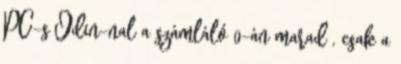
PC-s Odin-nal a számláló 0-án marad , csak a